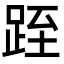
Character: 跮